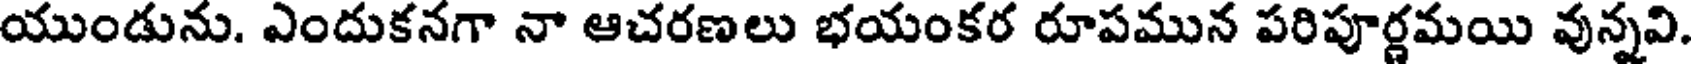
యుండును. ఎందుకనగా నా ఆచరణలు భయంకర రూపమున పరిపూర్ణమయి వున్నవి.